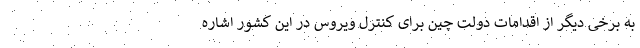
به برخی دیگر از اقدامات دولت چین برای کنترل ویروس در این کشور اشاره